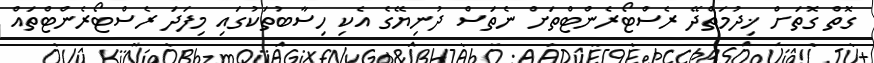
ގޮތް ގޮތަށް ޚިދުމަތްދޭ ރެސްޓޯރެންޓްތަށް ނެތަސް ދުނިޔޭގެ އެކި ހިސާބުތަކުގައި މިފަދަ ރެސްޓޯރެންޓްތައް